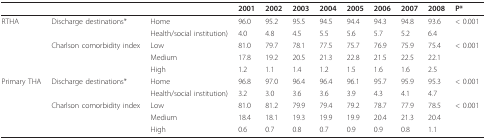
|  |  |  | 2001 | 2002 | 2003 | 2004 | 2005 | 2006 | 2007 | 2008 | P* |
 | --- | --- | --- | --- | --- | --- | --- | --- | --- | --- | --- | --- |
 | RTHA | Discharge destinations* | Home | 96.0 | 95.2 | 95.5 | 94.5 | 94.4 | 94.3 | 94.8 | 93.6 | < 0.001 |
 |  |  | Health/social institution) | 4.0 | 4.8 | 4.5 | 5.5 | 5.6 | 5.7 | 5.2 | 6.4 |  |
 |  | Charlson comorbidity index | Low | 81.0 | 79.7 | 78.1 | 77.5 | 75.7 | 76.9 | 75.9 | 75.4 | < 0.001 |
 |  |  | Medium | 17.8 | 19.2 | 20.5 | 21.3 | 22.8 | 21.5 | 22.5 | 22.1 |  |
 |  |  | High | 1.2 | 1.1 | 1.4 | 1.2 | 1.5 | 1.6 | 1.6 | 2.5 |  |
 | Primary THA | Discharge destinations* | Home | 96.8 | 97.0 | 96.4 | 96.4 | 96.1 | 95.7 | 95.9 | 95.3 | < 0.001 |
 |  |  | Health/social institution) | 3.2 | 3.0 | 3.6 | 3.6 | 3.9 | 4.3 | 4.1 | 4.7 |  |
 |  | Charlson comorbidity index | Low | 81.0 | 81.2 | 79.9 | 79.4 | 79.2 | 78.7 | 77.9 | 78.5 | < 0.001 |
 |  |  | Medium | 18.4 | 18.1 | 19.3 | 19.9 | 19.9 | 20.4 | 21.3 | 20.4 |  |
 |  |  | High | 0.6 | 0.7 | 0.8 | 0.7 | 0.9 | 0.9 | 0.8 | 1.1 |  |